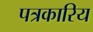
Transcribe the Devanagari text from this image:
पत्रकारिय